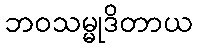
ဘဝသမ္မုဒိတာယ